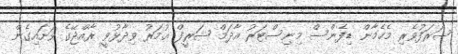
ޝަރަފުވެރި މެހެމާން ޑިފެންސް މިނިސްޓަރު އާދަމް ޝަރީފް ޢުމަރު ވިދާޅުވީ ރާއްޖޭގެ ވަށައިގެން